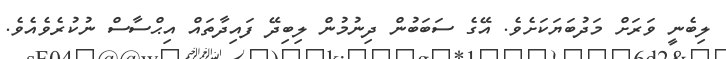
ލިބެނީ ވަރަށް މަދުބަޔަކަށެވެ. އޭގެ ސަބަބުން ދިނުމުން ލިބިދޭ ފައިދާތައް އިޙްސާސް ނުކުރެވެއެވެ.